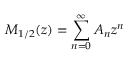
{ \cal M } _ { 1 / 2 } ( z ) = \sum _ { n = 0 } ^ { \infty } { \cal A } _ { n } z ^ { n }